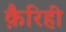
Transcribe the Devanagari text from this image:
क़ैरिही